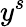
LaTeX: y^{s}